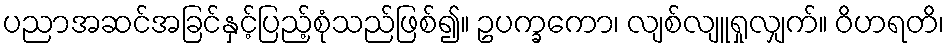
ပညာအဆင်အခြင်နှင့်ပြည့်စုံသည်ဖြစ်၍။ ဥပက္ခကော၊ လျစ်လျူရှုလျှက်။ ဝိဟရတိ၊